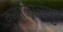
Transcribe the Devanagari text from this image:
कुवालालंपुर